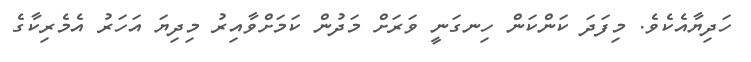
ހަދިޔާއެކެވެ. މިފަދަ ކަންކަން ހިނގަނީ ވަރަށް މަދުން ކަމަށްވާއިރު މިދިޔަ އަހަރު އެމެރިކާގެ